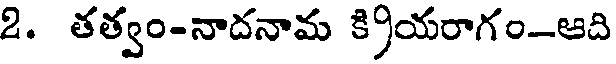
2. తత్వం-నాదనామ క్రియరాగం-ఆది